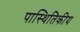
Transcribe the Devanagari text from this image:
पास्थितिकीय